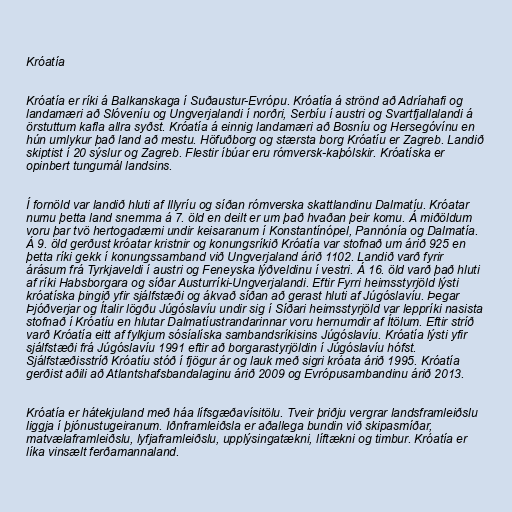
Króatía

Króatía er ríki á Balkanskaga í Suðaustur-Evrópu. Króatía á strönd að Adríahafi og
landamæri að Slóveníu og Ungverjalandi í norðri, Serbíu í austri og Svartfjallalandi á
örstuttum kafla allra syðst. Króatía á einnig landamæri að Bosníu og Hersegóvínu en
hún umlykur það land að mestu. Höfuðborg og stærsta borg Króatíu er Zagreb. Landið
skiptist í 20 sýslur og Zagreb. Flestir íbúar eru rómversk-kaþólskir. Króatíska er
opinbert tungumál landsins.

Í fornöld var landið hluti af Illyríu og síðan rómverska skattlandinu Dalmatíu. Króatar
numu þetta land snemma á 7. öld en deilt er um það hvaðan þeir komu. Á miðöldum
voru þar tvö hertogadæmi undir keisaranum í Konstantínópel, Pannónía og Dalmatía.
Á 9. öld gerðust króatar kristnir og konungsríkið Króatía var stofnað um árið 925 en
þetta ríki gekk í konungssamband við Ungverjaland árið 1102. Landið varð fyrir
árásum frá Tyrkjaveldi í austri og Feneyska lýðveldinu í vestri. Á 16. öld varð það hluti
af ríki Habsborgara og síðar Austurríki-Ungverjalandi. Eftir Fyrri heimsstyrjöld lýsti
króatíska þingið yfir sjálfstæði og ákvað síðan að gerast hluti af Júgóslavíu. Þegar
Þjóðverjar og Ítalir lögðu Júgóslavíu undir sig í Síðari heimsstyrjöld var leppríki nasista
stofnað í Króatíu en hlutar Dalmatíustrandarinnar voru hernumdir af Ítölum. Eftir stríð
varð Króatía eitt af fylkjum sósíalíska sambandsríkisins Júgóslavíu. Króatía lýsti yfir
sjálfstæði frá Júgóslavíu 1991 eftir að borgarastyrjöldin í Júgóslavíu hófst.
Sjálfstæðisstríð Króatíu stóð í fjögur ár og lauk með sigri króata árið 1995. Króatía
gerðist aðili að Atlantshafsbandalaginu árið 2009 og Evrópusambandinu árið 2013.

Króatía er hátekjuland með háa lífsgæðavísitölu. Tveir þriðju vergrar landsframleiðslu
liggja í þjónustugeiranum. Iðnframleiðsla er aðallega bundin við skipasmíðar,
matvælaframleiðslu, lyfjaframleiðslu, upplýsingatækni, líftækni og timbur. Króatía er
líka vinsælt ferðamannaland.